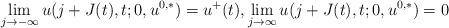
LaTeX: \begin{align*}\lim_{j\to -\infty}u(j+J(t),t;0,u^{0,*})=u^+(t),\lim_{j\to \infty}u(j+J(t),t;0,u^{0,*})=0\end{align*}